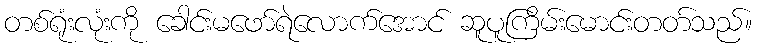
တစ်ရုံးလုံးကို ခေါင်းမဖော်ရဲလောက်အောင် ဆူပူကြိမ်းမောင်းတတ်သည်။